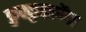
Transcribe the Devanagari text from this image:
कुक्कुडकोंबा